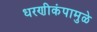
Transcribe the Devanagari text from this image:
धरणीकंपामुळे